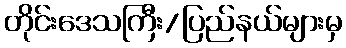
တိုင်းဒေသကြီး/ပြည်နယ်များမှ